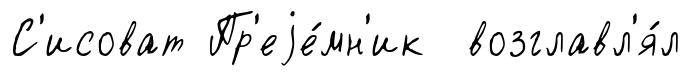
С'исоват Пр'еjе́мн'ик возглавл'я́л